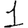
Digit: 1